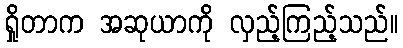
ရှိုတာက အဆုယာကို လှည့်ကြည့်သည်။